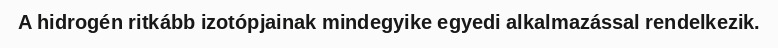
A hidrogén ritkább izotópjainak mindegyike egyedi alkalmazással rendelkezik.